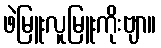
ဖဲမြူးလူမြူးကိုးဗျာ။